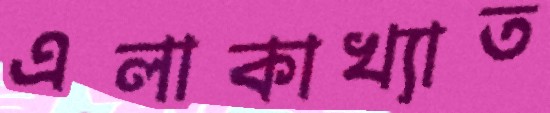
এলাকাখ্যাত